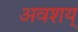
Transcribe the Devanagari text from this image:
अवशय्